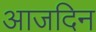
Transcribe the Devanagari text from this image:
आजदिन